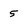
Character: 5